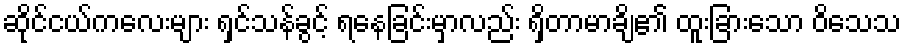
ဆိုင်ငယ်ကလေးများ ရှင်သန်ခွင့် ရနေခြင်းမှာလည်း ရှိတာမာချိ၏ ထူးခြားသော ဝိသေသ